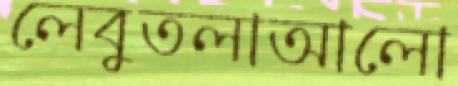
লেবুতলাআলো